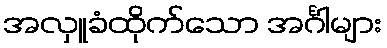
အလှူခံထိုက်သော အင်္ဂါများ